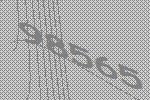
98565